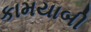
કામયાબી